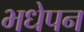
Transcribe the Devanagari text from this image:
भधेपन